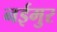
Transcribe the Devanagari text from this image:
नईमुर